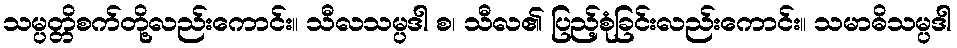
သမ္ပတ္တိစက်တို့လည်းကောင်း။ သီလသမ္ပဒါ စ၊ သီလ၏ ပြည့်စုံခြင်းလည်းကောင်း။ သမာဓိသမ္ပဒါ